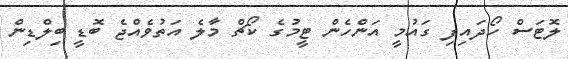
ލޮޓަސް ހޯދައިފި ގައުމީ އަންހެން ޓީމުގެ ކޯޗް މާލެ އަތުވެއްޖެ ބޮޑީ ބިލްޑިން